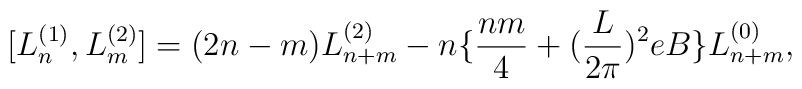
[L^{(1)}_{n},L^{(2)}_{m}]=(2n-m)L^{(2)}_{n+m}-n\{\frac{nm}{4}+(\frac{L}{2\pi})^{2}eB\}L^{(0)}_{n+m},